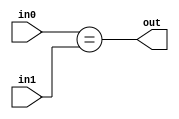
// =============================================================================
// Company      : University of Glasgow
// 
// Design Name  : 
// Module Name  : ui_add (Unsigned Integer Add)
// Project Name : TyTra
// Target Devices: Stratix V (D5/D8) 
//
// Tool versions: 
// Dependencies : 
//
// Revision     : 
// Revision 0.01. File Created
// 
// =============================================================================

// =============================================================================
// General Description
// -----------------------------------------------------------------------------
// A general purpose equality comparator
// 
// NOTE: Output bit-width is same as inputs, and there is no overflow
// detection
//==============================================================================

module compareEq
#(
// =============================================================================
// ** Parameters 
// =============================================================================
// Size of word (parent should over-write this if needeD)
  parameter N = 10 
)

(
// =============================================================================
// ** Ports 
// =============================================================================
  output          out,
  input   [N-1:0] in0,
  input   [N-1:0] in1
);

// =============================================================================
// ** Procedures and assignments
// =============================================================================
assign out = (in0==in1);
	
endmodule